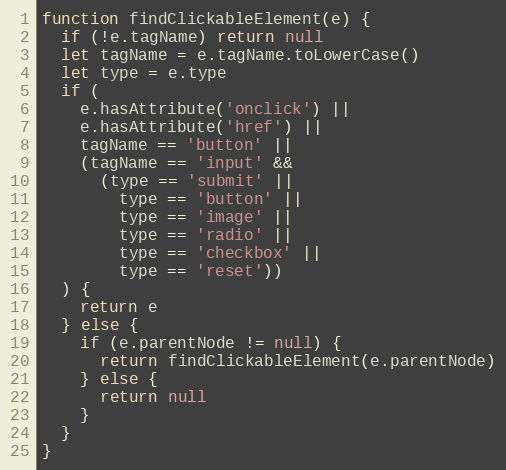
Language: JavaScript
function findClickableElement(e) {
  if (!e.tagName) return null
  let tagName = e.tagName.toLowerCase()
  let type = e.type
  if (
    e.hasAttribute('onclick') ||
    e.hasAttribute('href') ||
    tagName == 'button' ||
    (tagName == 'input' &&
      (type == 'submit' ||
        type == 'button' ||
        type == 'image' ||
        type == 'radio' ||
        type == 'checkbox' ||
        type == 'reset'))
  ) {
    return e
  } else {
    if (e.parentNode != null) {
      return findClickableElement(e.parentNode)
    } else {
      return null
    }
  }
}